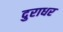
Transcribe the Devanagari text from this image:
दुराधर